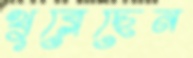
খুব্‌লেছেন